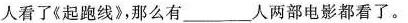
人看了《起跑线》，那么有___人两部电影都看了。